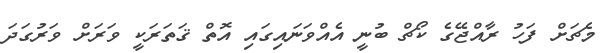
މެޗަށް ފަހު ރާއްޖޭގެ ކޯޗް ބުނީ އެއްވަނައިގައި އޮތް ޤަތަރަކީ ވަރަށް ވަރުގަދަ